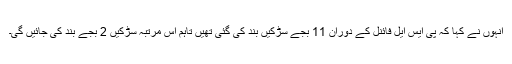
انہوں نے کہا کہ پی ایس ایل فائنل کے دوران 11 بجے سڑکیں بند کی گئی تھیں تاہم اس مرتبہ سڑکیں 2 بجے بند کی جائیں گی۔